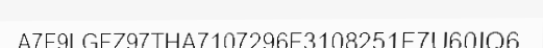
A7F9LGFZ97THA7107296F3108251F7U60IQ6